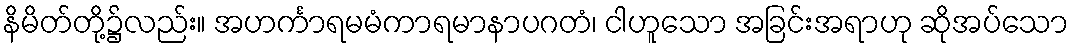
နိမိတ်တို့၌လည်း။ အဟင်္ကာရမမံကာရမာနာပဂတံ၊ ငါဟူသော အခြင်းအရာဟု ဆိုအပ်သော